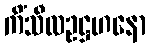
ကိံသီလဥဋ္ဌဟနော